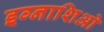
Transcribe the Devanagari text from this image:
इग्नाशिओ